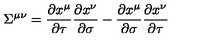
{ \Sigma } ^ { \mu \nu } = \frac { \partial x ^ { \mu } } { \partial \tau } \frac { \partial x ^ { \nu } } { \partial \sigma } - \frac { \partial x ^ { \mu } } { \partial \sigma } \frac { \partial x ^ { \nu } } { \partial \tau }